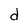
Character: d